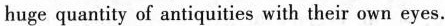
huge quantity of antiquities with their own eyes.